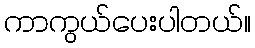
ကာကွယ်ပေးပါတယ်။